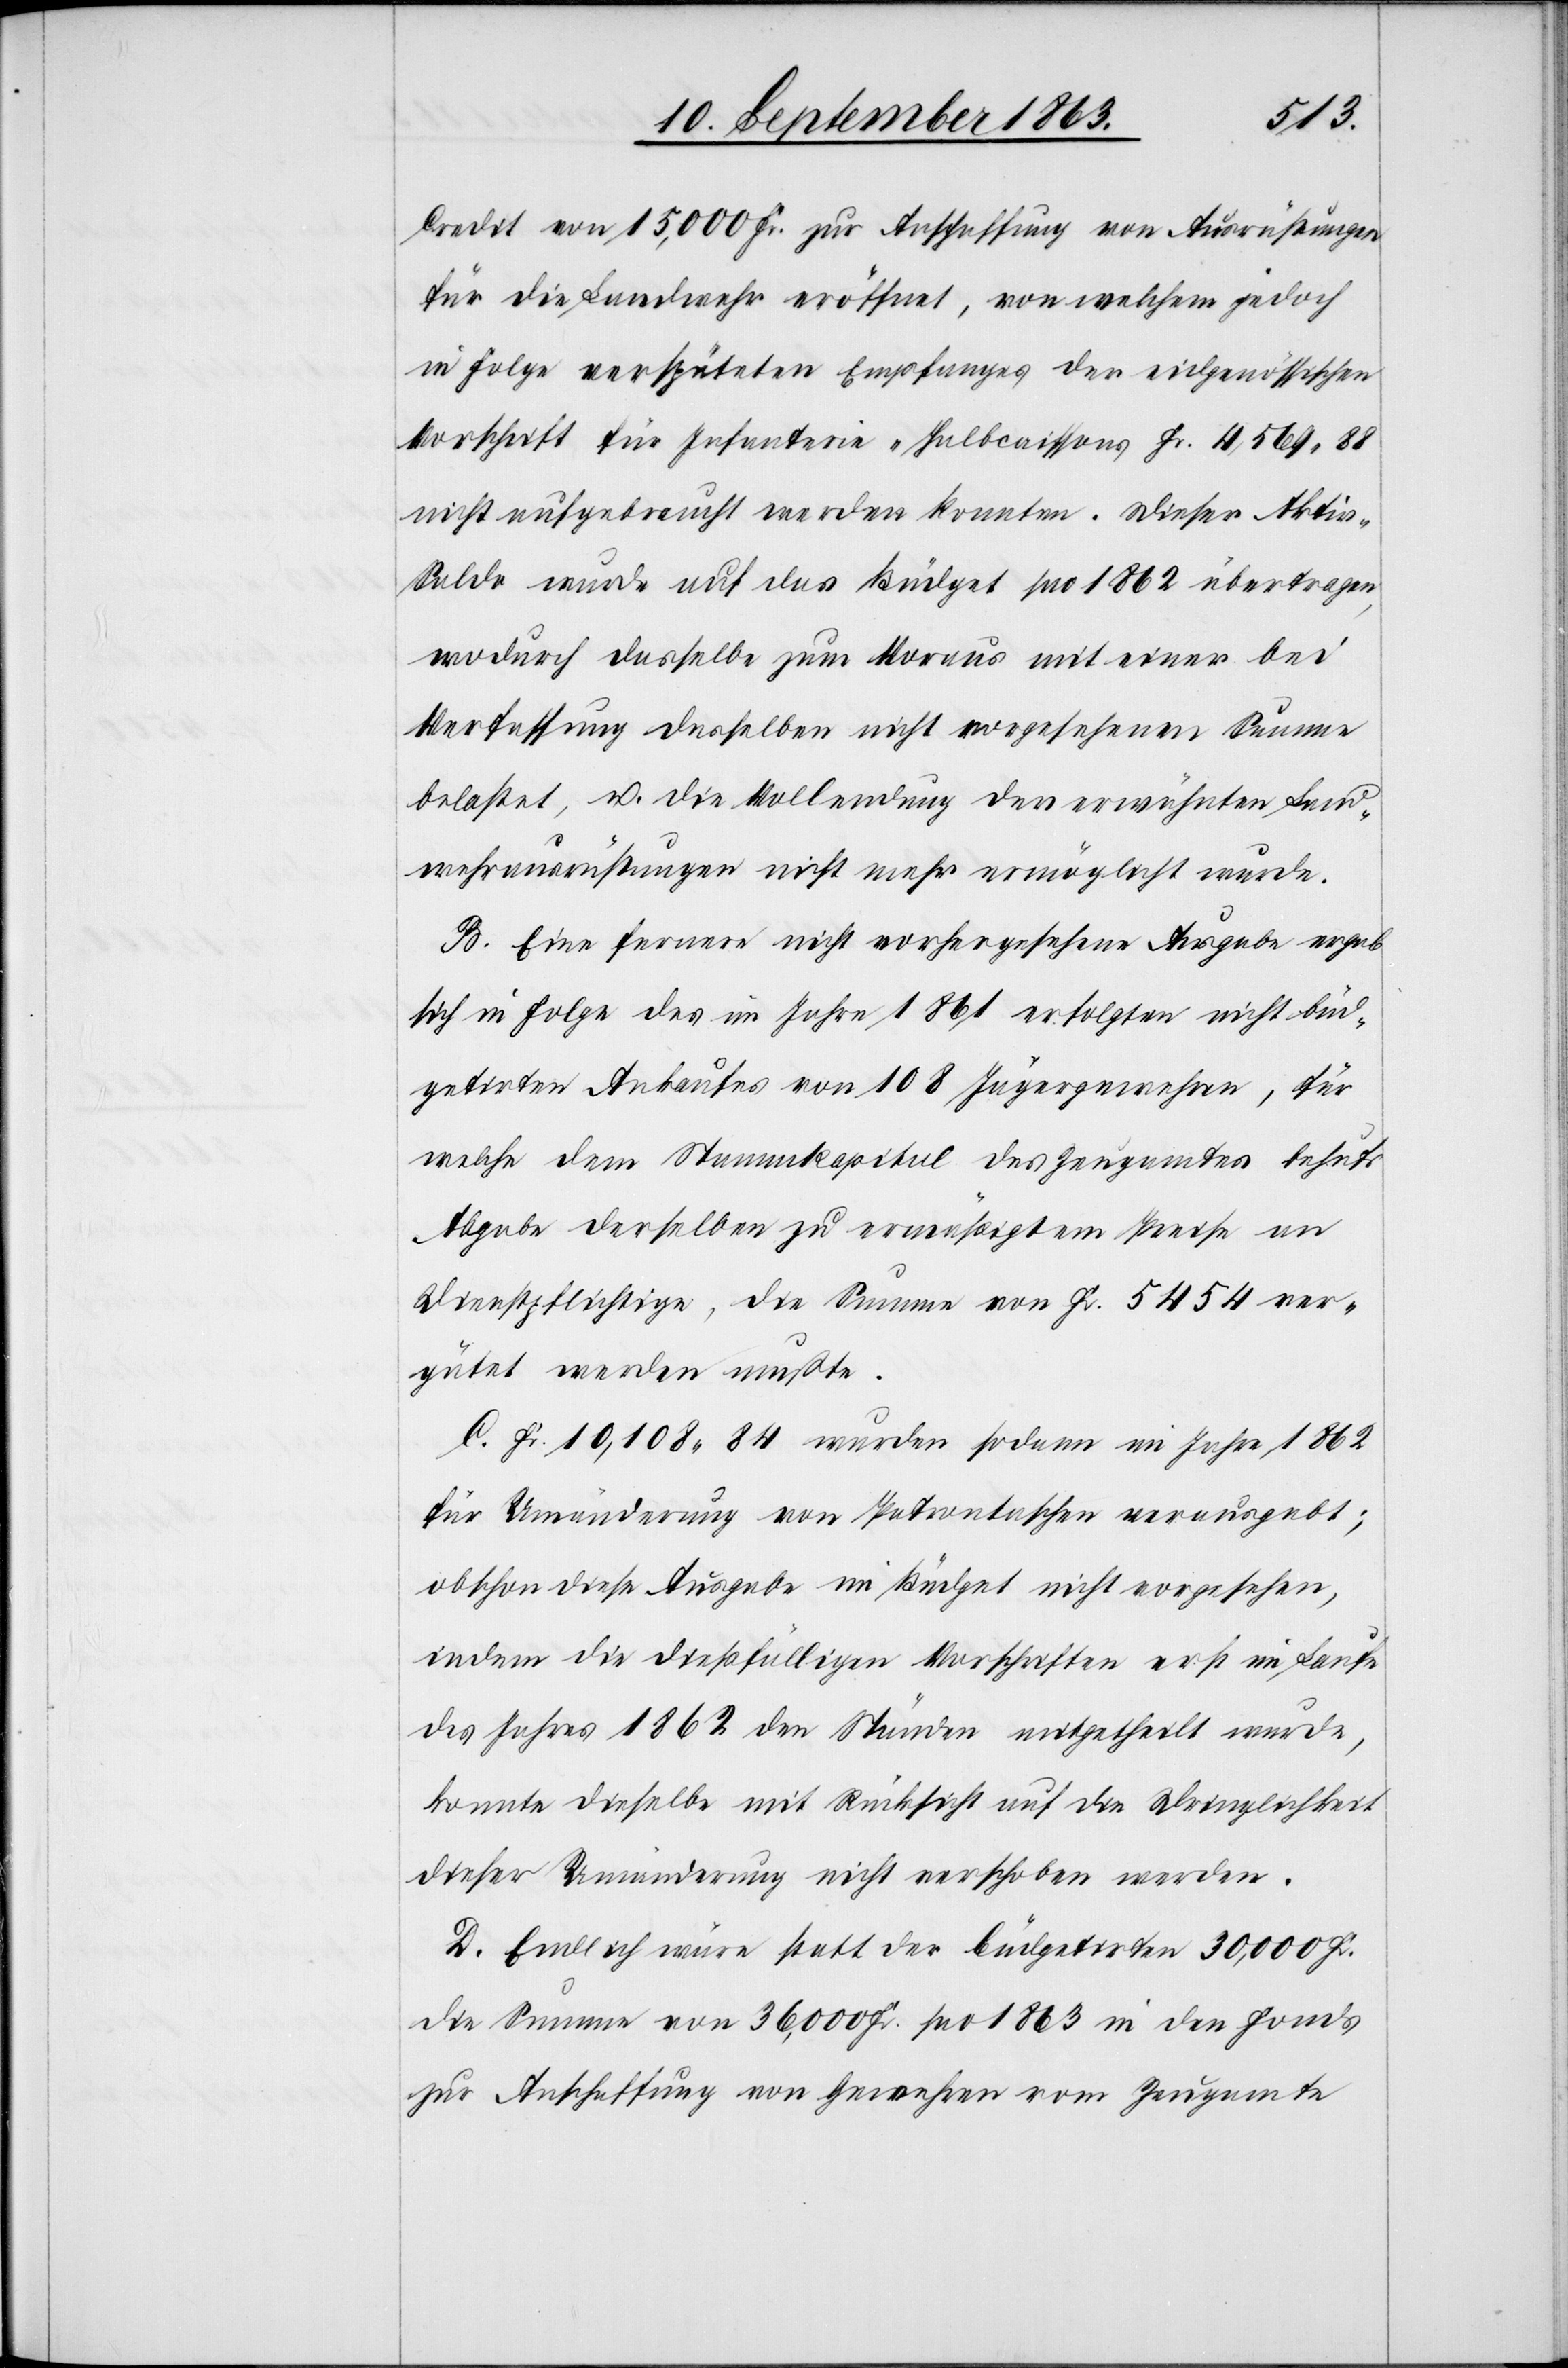
Credit von 15,000 Fr. zur Anschaffung von Ausrüstungen
für die Landwehr eröffnet, von welchem jedoch
in Folge verspäteten Empfangs der eidgenössischen
Vorschrift für Infanterie-Halbcaissons Fr. 4,569. 88
nicht aufgebraucht werden konnten. Dieser Akti¬
v-Saldo wurde auf das Büdget pro 1862 übertragen,
wodurch dasselbe zum Voraus mit einer bei
Verfassung desselben nicht vorgesehenen Summe
belastet, u. die Vollendung der erwähnten Land¬
wehrausrüstungen nicht mehr ermöglicht wurde.
B. Eine fernere nicht vorhergesehene Ausgabe ergab
sich in Folge des im Jahre 1861 erfolgten nicht büd¬
getirten Ankaufes von 108 Jägergewehren, für
welche dem Stammkapital des Zeugamtes behufs
Abgabe derselben zu ermäßigtem Preise an
Dienstpflichtige, die Summe von Fr. 5454 ver¬
gütet werden mußte.
C. Fr. 10,108. 84 wurden sodann im Jahre 1862
für Umänderung von Patrontaschen verausgabt;
obschon diese Ausgabe im Büdget nicht vorgesehen,
indem die dießfälligen Vorschriften erst im Laufe
des Jahres 1862 den Ständen mitgetheilt wurde,
konnte dieselbe mit Rücksicht auf die Dringlichkeit
dieser Umänderung nicht verschoben werden.
D. Endlich wäre statt der büdgetirten 30,000 Fr.
die Summe von 36,000 Fr. pro 1863 in den Fonds
zur Anschaffung von Gewehren vom Zeugamte